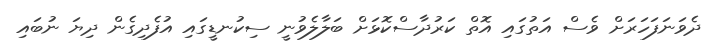
ދެވަނަފަހަރަށް ވެސް އަތުގައި އޮތް ކަރުދާސްކޮޅަށް ބަލާލެވުނީ ސިކުނޑީގައި އުފެދިގެން ދިޔަ ނުބައި